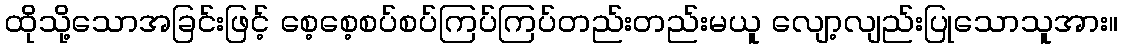
ထိုသို့သောအခြင်းဖြင့် စေ့စေ့စပ်စပ်ကြပ်ကြပ်တည်းတည်းမယူ လျော့လျည်းပြုသောသူအား။